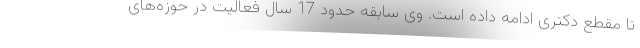
تا مقطع دکتری ادامه داده است. وی سابقه حدود 17 سال فعالیت در حوزه‌های